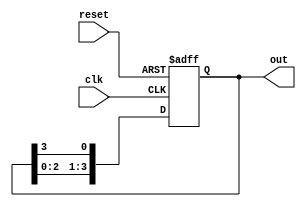
module johnson_counter(
  input clk,
  input reset,
  output reg [3:0] out
);

reg [3:0] internal_reg; 

always @(posedge clk or posedge reset) begin
  if (reset) begin
    internal_reg <= 4'b0001;
  end else begin
    internal_reg <= {internal_reg[2:0], internal_reg[3]};
  end
end

assign out = internal_reg;

endmodule